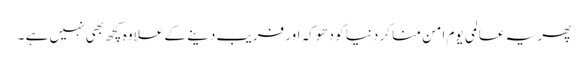
پھر یہ عالمی یوم امن منا کر دنیا کو دھوکہ اور فریب دینے کے علاوہ کچھ بھی نہیں ہے ۔